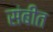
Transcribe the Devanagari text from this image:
संबीत